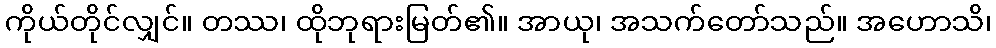
ကိုယ်တိုင်လျှင်။ တဿ၊ ထိုဘုရားမြတ်၏။ အာယု၊ အသက်တော်သည်။ အဟောသိ၊